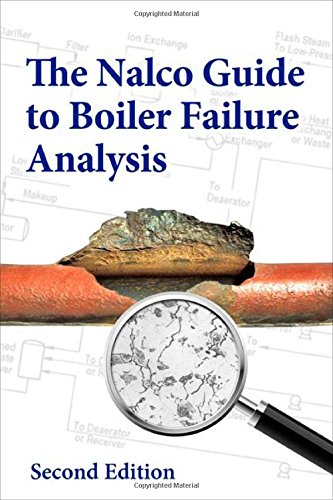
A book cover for Nalco Guide to Boiler Failure Analysis, Second Edition; NALCO Chemical Company; Science & Math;